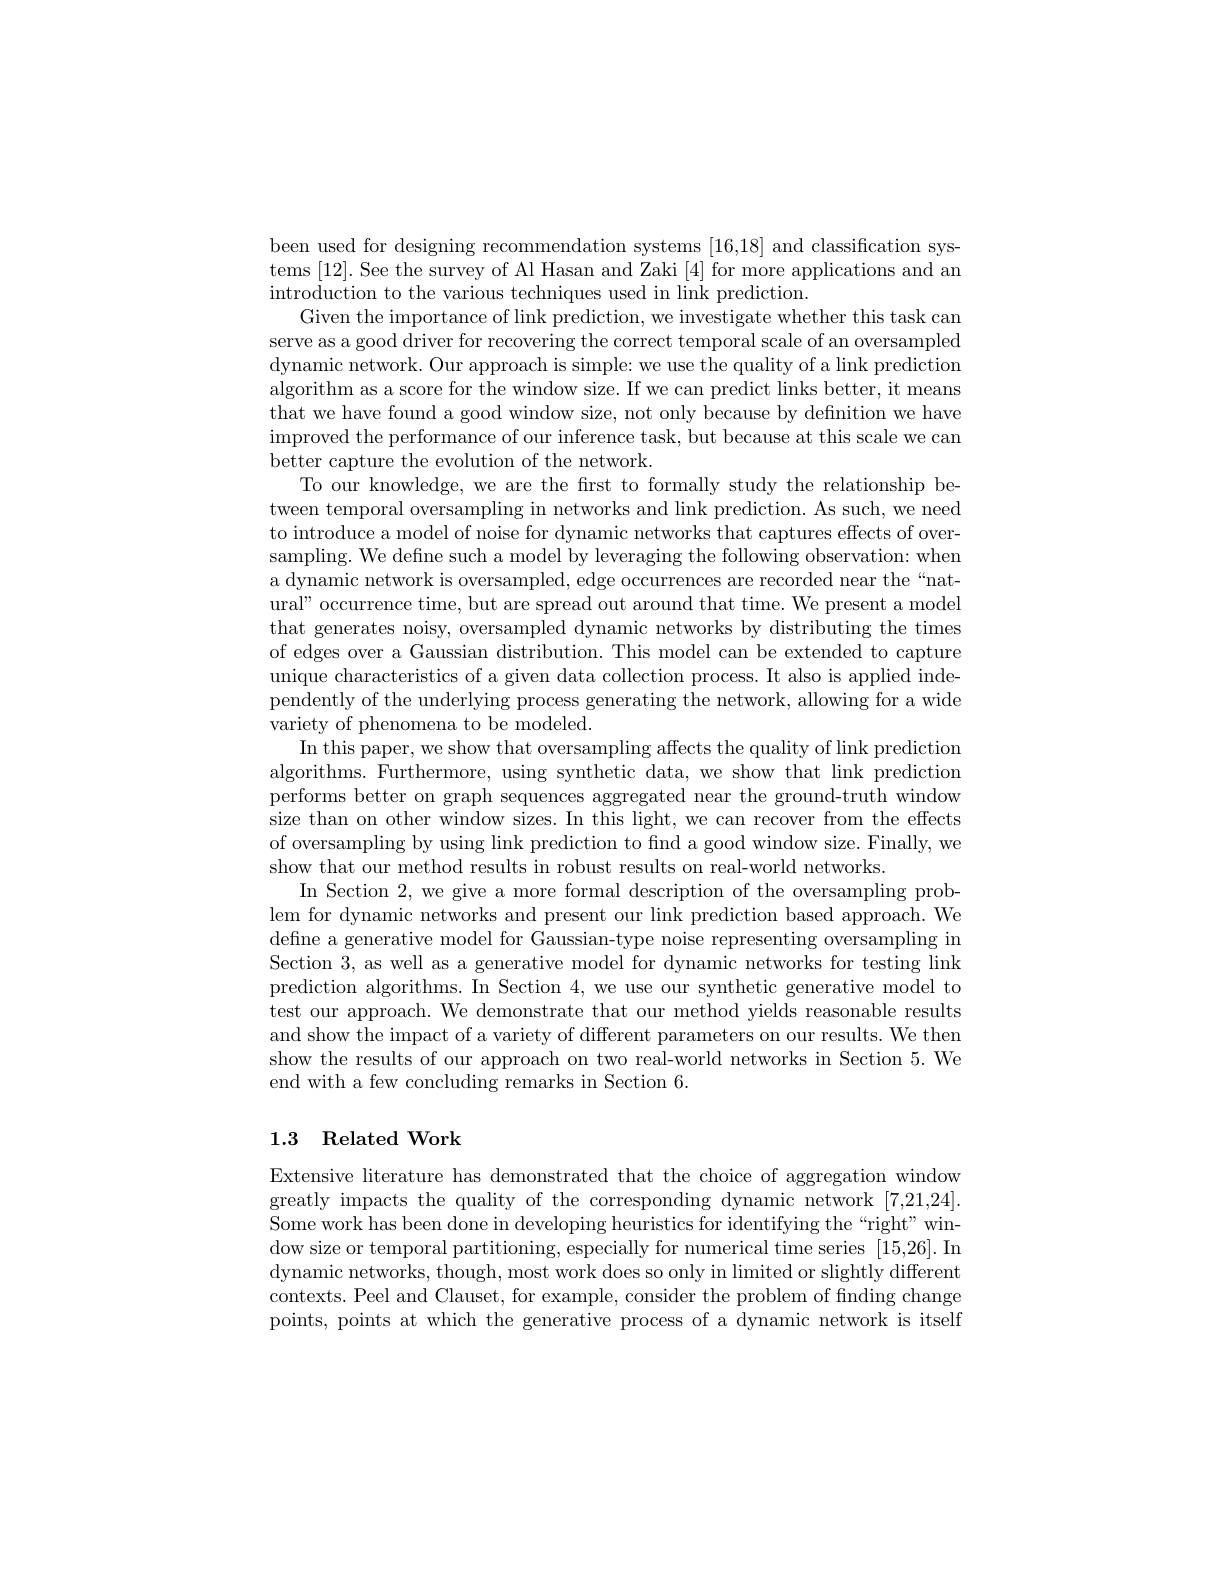
been used for designing recommendation systems [16,18] and classification systems [12]. See the survey of Al Hasan and Zaki [4] for more applications and an introduction to the various techniques used in link prediction
Given the importance of link prediction, we investigate whether this task can serve as a good driver for recovering the correct temporal scale of an oversampled dynamic network. Our approach is simple: we use the quality of a link prediction algorithm as a score for the window size. If we can predict links better, it means that we have found a good window size, not only because by definition we have $\begin{array}{c}\text{improved the performance of our inference task, but because at this scale we can}\\\end{array}$ better capture the evolution of the network.
To our knowledge, we are the frst to formally study the relationship between temporal oversampling in networks and link prediction. As such, we need to introduce a model of noise for dynamic networks that captures effects of oversampling. We define such a model by leveraging the following observation: when a dynamic network is oversampled, edge occurrences are recorded near the“natural" occurrence time, but are spread out around that time. We present a model that generates noisy, oversampled dynamic networks by distributing the times of edges over a Gaussian distribution. This model can be extended to capture unique characteristics of a given data collection process. It also is applied independently of the underlying process generating the network, allowing for a wide variety of phenomena to be modeled.
In this paper, we show that oversampling affects the quality of link prediction algorithms. Furthermore, using synthetic data, we show that link prediction performs better on graph sequences aggregated near the ground-truth window size than on other window sizes. In this light, we can recover from the effects of oversampling by using link prediction to find a good window size. Finally, we show that our method results in robust results on real-world networks.
In Section 2, we give a more formal description of the oversampling problem for dynamic networks and present our link prediction based approach. We define a generative model for Gaussian-type noise representing oversampling in Section 3, as well as a generative model for dynamic networks for testing link prediction algorithms. In Section 4, we use our synthetic generative model to test our approach. We demonstrate that our method yields reasonable results and show the impact of a variety of different parameters on our results. We then show the results of our approach on two real-world networks in Section 5. We end with a few concluding remarks in Section 6.

# 1.3 Related Work

Extensive literature has demonstrated that the choice of aggregation window greatly impacts the quality of the corresponding dynamic network [7,21,24]. Some work has been done in developing heuristics for identifying the “right” window size or temporal partitioning, especially for numerical time series [15,26].In dynamic networks, though, most work does so only in limited or slightly different contexts. Peel and Clauset, for example, consider the problem of finding change points, points at which the generative process of a dynamic network is itself